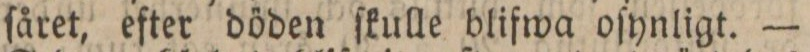
ſåret, efter döden ſkulle blifwa oſynligt. —